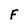
Character: F